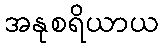
အနုစရိယာယ